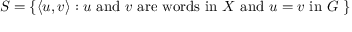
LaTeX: S = \{ \langle u , v \rangle : u { \mathrm { ~ a n d ~ } } v { \mathrm { ~ a r e ~ w o r d s ~ i n ~ } } X { \mathrm { ~ a n d ~ } } u = v { \mathrm { ~ i n ~ } } G \ \}